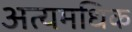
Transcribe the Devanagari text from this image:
अत्यमधिक